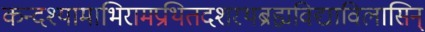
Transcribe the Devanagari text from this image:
कन्दश्यामाभिरामप्रथितदशरथब्रह्मविद्याविलासिन्